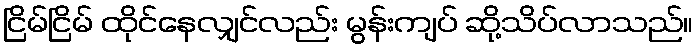
ငြိမ်ငြိမ် ထိုင်နေလျှင်လည်း မွန်းကျပ် ဆို့သိပ်လာသည်။